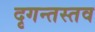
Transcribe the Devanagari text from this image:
दृगन्तस्तव